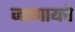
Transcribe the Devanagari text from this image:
जाणायचे